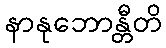
နာနုဘောန္တီတိ